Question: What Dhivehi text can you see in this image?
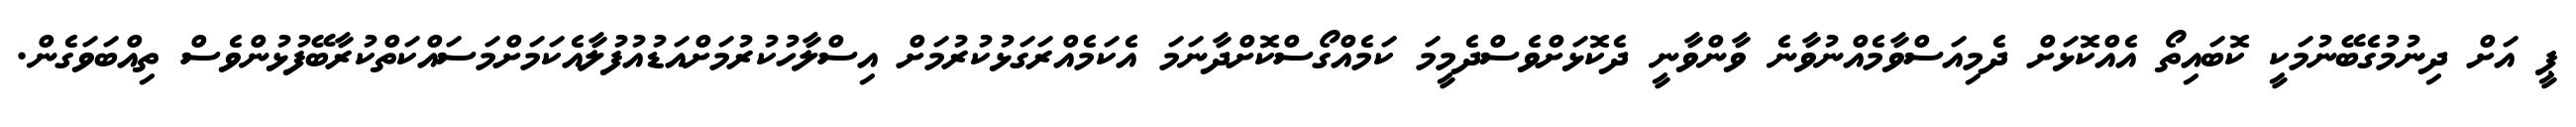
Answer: ޕީ އަށް ދިނުމުގެބޭނުމަކީ ކޮބައިތޯ އެއްކޮޅަށް ދެމިއަސްވާމެއްނުވާނެ ވާންވާނީ ދެކޮޅަށްވެސްދެމީމަ ކަމެއްގޯސްކޮށްދާނަމަ އެކަމެއްރަގަޅުކުރުމަށް އިސްލާހުކުރުމަށްއަޑުއުފުލާއެކަމަށްމަސައްކަތްކުރާބޭފުޅުންވެސް ތިއްބަވަގެން.